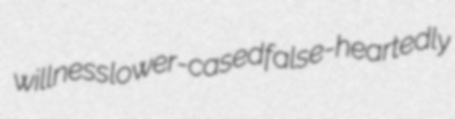
willness lower-cased false-heartedly